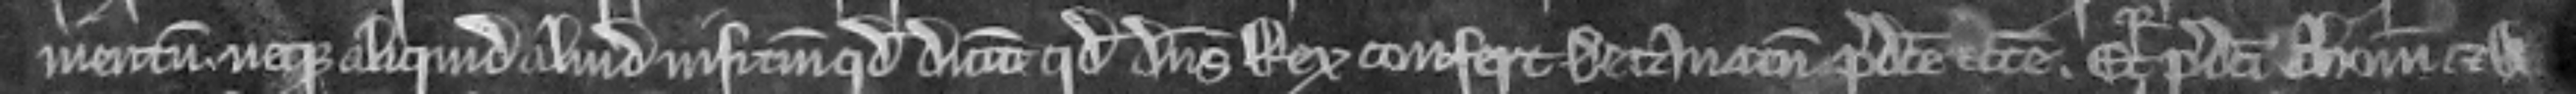
mentum neque aliquid aliud nisi tantum quod dicunt quod dominus Rex confert Decanatum predicte ecclesie. Et quia predicti Thomas et Walterus